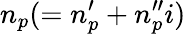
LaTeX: n_{p}(=n_{p}^{\prime}+n_{p}^{\prime\prime}i)